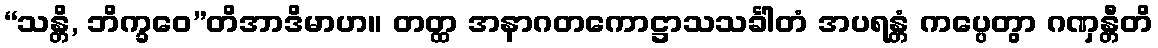
“သန္တိ, ဘိက္ခဝေ”တိအာဒိမာဟ။ တတ္ထ အနာဂတကောဋ္ဌာသသင်္ခါတံ အပရန္တံ ကပ္ပေတွာ ဂဏှန္တီတိ